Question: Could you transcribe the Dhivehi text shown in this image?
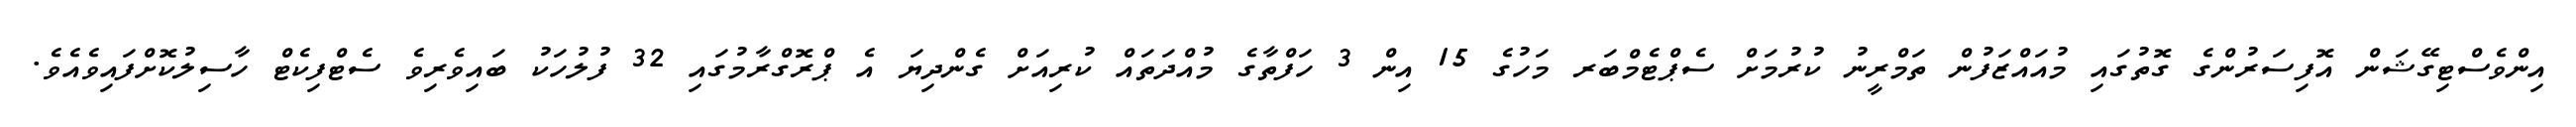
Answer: އިންވެސްޓިގޭޝަން އޮފިސަރުންގެ ގޮތުގައި މުއައްޒަފުން ތަމްރީނު ކުރުމަށް ސެޕްޓެމްބަރ މަހުގެ 15 އިން 3 ހަފްތާގެ މުއްދަތައް ކުރިއަށް ގެންދިޔަ އެ ޕްރޮގްރާމުގައި 32 ފުލުހަކު ބައިވެރިވެ ސެޓްފިކެޓް ހާސިލުކޮށްފައިވެއެވެ.